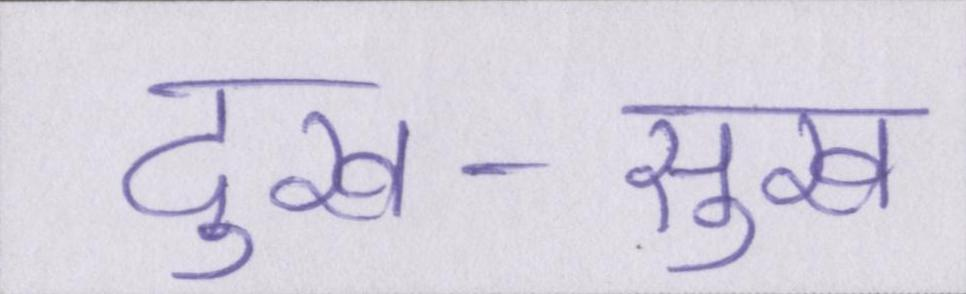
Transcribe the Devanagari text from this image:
दुख-सुख